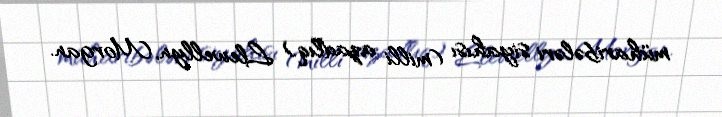
müharibələri siyahısı (milli azadlıq) Llewellyn, Morgan.